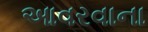
આવરવાના